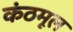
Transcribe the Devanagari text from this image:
कंठमूल